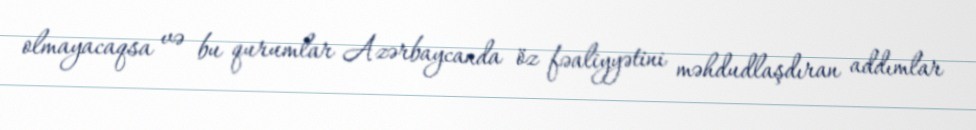
olmayacaqsa və bu qurumlar Azərbaycanda öz fəaliyyətini məhdudlaşdıran addımlar